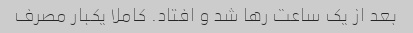
بعد از یک ساعت رها شد و افتاد. کاملا یکبار مصرف